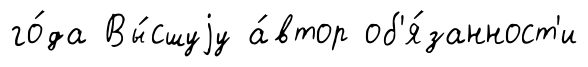
го́да Вы́сшуjу а́втор об'я́занност'и